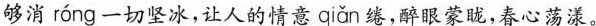
够消 róng 一切坚冰，让人的情意 qiǎn 绻，醉眼蒙，春心荡漾。